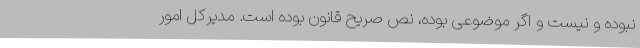
نبوده و نیست و اگر موضوعی بوده، نص صریح قانون بوده است. مدیرکل امور